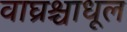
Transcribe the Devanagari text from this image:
वाघ्रश्चाधूल